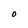
Character: O